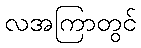
လအကြာတွင်